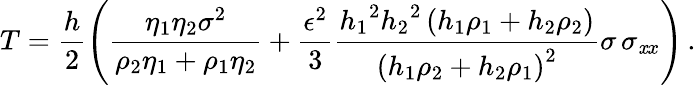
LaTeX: {T}=\frac{h}2\left(\frac{\eta_{1}\eta_{2}\sigma^{2}}{\rho_{2}\eta_{1}+\rho_{1}\eta_{2}}+\frac{\epsilon^{2}}3{\frac{{h_{{1}}}^{2}{h_{{2}}}^{2}\left(h_{{1}}\rho_{{1}}+h_{{2}}\rho_{{2}}\right)}{\left(h_{{1}}\rho_{{2}}+h_{{2}}\rho_{{1}}\right)^{2}}}\sigma\, \sigma_{{{\mathit xx}}}\right)\, .